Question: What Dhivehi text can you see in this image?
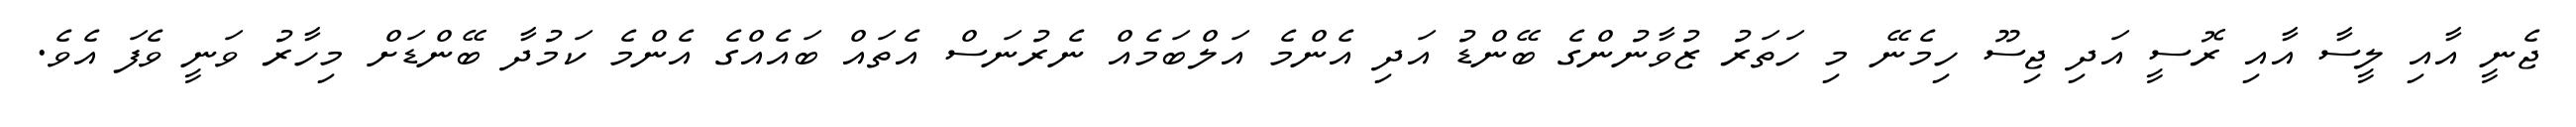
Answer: ޖެނީ އާއި ލީސާ އާއި ރޮސީ އަދި ޖިސޫ ހިމެނޭ މި ހަތަރު ޒުވާނުންގެ ބޭންޑު އަދި އެންމެ އަލްބަމެއް ނެރުނަސް އެތައް ބައެއްގެ އެންމެ ކަމުދާ ބޭންޑަށް މިހާރު ވަނީ ވެފަ އެވެ.